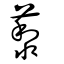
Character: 藜